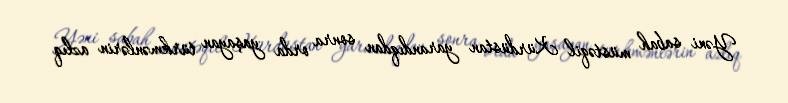
Yəni sabah müstəqil Kürdüstan yarandıqdan sonra orda yaşayan türkmənlərin azlıq